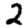
Digit: 2